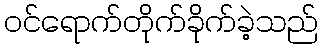
ဝင်ရောက်တိုက်ခိုက်ခဲ့သည်